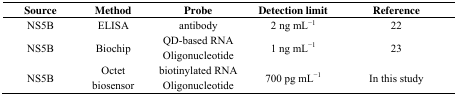
<table><thead><tr><td><b>Source</b></td><td><b>Method</b></td><td><b>Probe</b></td><td><b>Detection limit</b></td><td><b>Reference</b></td></tr></thead><tbody><tr><td>NS5B</td><td>ELISA</td><td>antibody</td><td>2 ng mL<sup>−1</sup></td><td>22</td></tr><tr><td>NS5B</td><td>Biochip</td><td>QD-based RNA Oligonucleotide</td><td>1 ng mL<sup>−1</sup></td><td>23</td></tr><tr><td>NS5B</td><td>Octet biosensor</td><td>biotinylated RNA Oligonucleotide</td><td>700 pg mL<sup>−1</sup></td><td>In this study</td></tr></tbody></table>